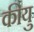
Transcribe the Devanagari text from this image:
कीयु